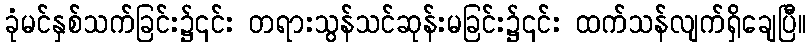
ခုံမင်နှစ်သက်ခြင်း၌၎င်း တရားသွန်သင်ဆုန်းမခြင်း၌၎င်း ထက်သန်လျက်ရှိချေပြီ။